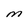
Character: M